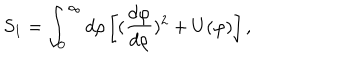
S _ { 1 } = \int _ { 0 } ^ { \infty } d \rho \left[ ( { \frac { d \varphi } { d \rho } } ) ^ { 2 } + U ( \varphi ) \right] ,